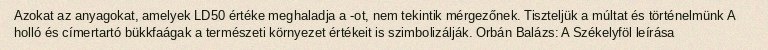
Azokat az anyagokat, amelyek LD50 értéke meghaladja a -ot, nem tekintik mérgezőnek. Tiszteljük a múltat és történelmünk A holló és címertartó bükkfaágak a természeti környezet értékeit is szimbolizálják. Orbán Balázs: A Székelyföl leírása